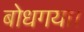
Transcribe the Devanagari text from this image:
बोधगया।